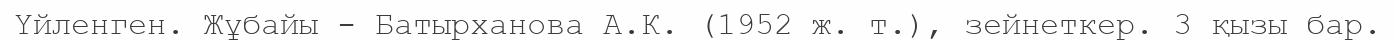
Үйленген. Жұбайы - Батырханова А.К. (1952 ж. т.), зейнеткер. 3 қызы бар.